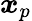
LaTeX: \boldsymbol{x}_{p}